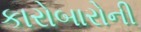
કારોબારોની